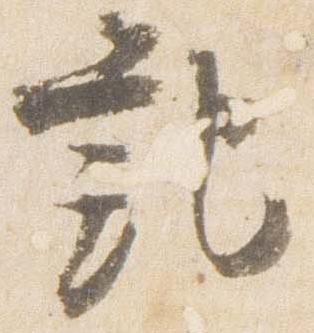
記